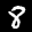
Label: 8